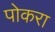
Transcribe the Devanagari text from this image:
पोकरा